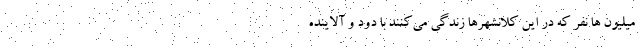
میلیون ها نفر که در این کلانشهر‌ها زندگی می‌کنند با دود و آلاینده